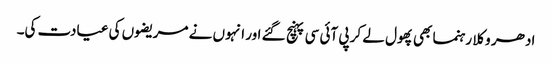
ادھر وکلا رہنما بھی پھول لے کر پی آئی سی پہنچ گئے اور انہوں نے مریضوں کی عیادت کی۔